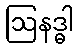
ဩနဒ္ဓါ